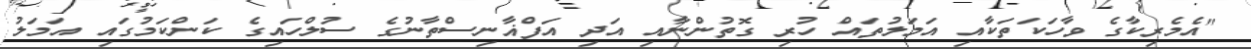
"އެމެރިކާގެ ވާހަކަތަކާއި އަމަލުތައް ހުރި ގޮތުންނާއި އަދި އަފްޣާނިސްތާނުގެ ސުލްހައިގެ ކަންކަމުގައި އަމަލު